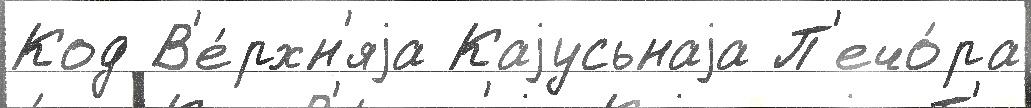
Код В'е́рхн'яjа Каjусьнаjа П'ечо́ра